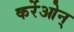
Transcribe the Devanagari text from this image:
कर्रेओन्